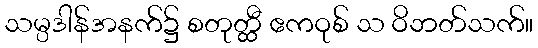
သမ္ပဒါန်အနက်၌ စတုတ္ထီ ဧကဝုစ် သ ဝိဘတ်သက်။